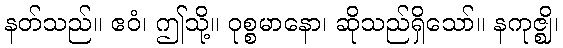
နတ်သည်။ ဧဝံ၊ ဤသို့။ ဝုစ္စမာနော၊ ဆိုသည်ရှိသော်။ နကုဇ္ဈိ၊